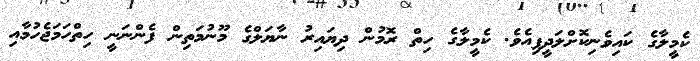
ކެމީލާގެ ކައިވެނިކޮށްލަދީފިއެވެ. ކެމީލާގެ ހިތް ރޮމުން ދިޔައިރު ނާޔަލްގެ މޫނުމަތިން ފެންނަނީ ހިތްހަމަޖެހުމާއި